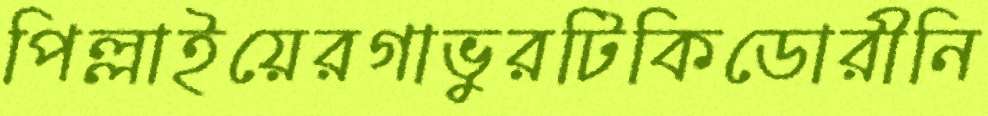
পিল্লাইয়েরগাভুরটিকিডোরীনি